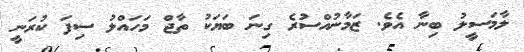
ލާމަސީލު ބިނާ އެވެ. ޒަމާނުއްސުރެ ގިނަ ބަޔަކު ތާޖް މަހައްލު ސިފަ ކުރަނީ